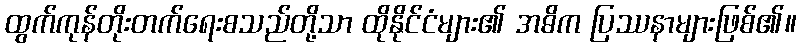
ထွက်ကုန်တိုးတက်ရေးစသည်တို့သာ ထိုနိုင်ငံများ၏ အဓိက ပြဿနာများဖြစ်၏။